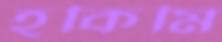
হকিমি